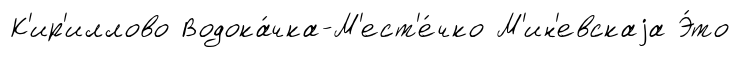
К'ир'иллово Водока́чка-М'ест'е́чко М'ин'евскаjа Э́то